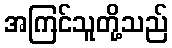
အကြင်သူတို့သည်